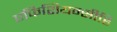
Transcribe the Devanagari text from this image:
एफिशियन्सीहि